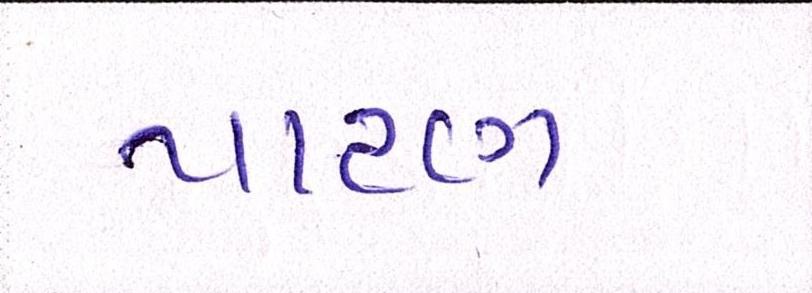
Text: પાટણ